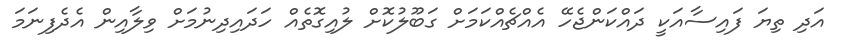
އަދި ތިޔަ ފައިސާއަކީ ދައްކަންޖެހޭ އެއްޗެއްކަމަށް ގަބޫލުކޮށް ލުއިގޮތެއް ހަދައިދިނުމަށް ވިލާއިން އެދެފިނަމަ